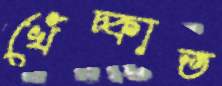
খেঁচ্‌কাত